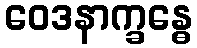
ဝေဒနာက္ခန္ဓေ